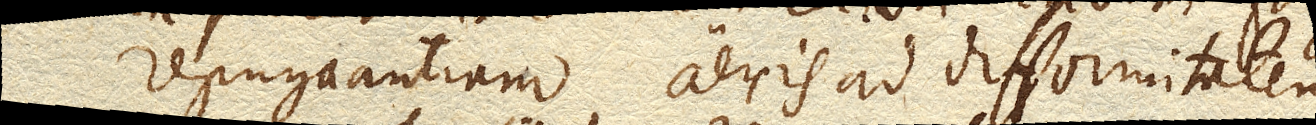
repugnantiam aeris ad difformitatem